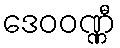
ဒေဝဝဏ္ဏီ